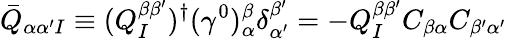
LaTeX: \bar{Q}_{\alpha\alpha^{\prime}I}\equiv(Q_{I}^{\beta\beta^{\prime}})^{\dagger}(\gamma^{0})_{\alpha}^{\beta}\delta_{\alpha^{\prime}}^{\beta^{\prime}}=-Q_{I}^{\beta\beta^{\prime}}C_{\beta\alpha}C_{\beta^{\prime}\alpha^{\prime}}